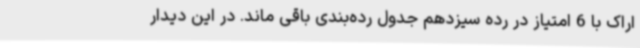
اراک با 6 امتیاز در رده سیزدهم جدول رده‌بندی باقی ماند. در این دیدار